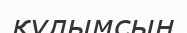
құлымсың